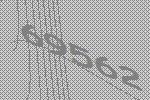
69562